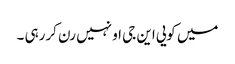
میں کویی این جی او نہیں رن کررہی ۔